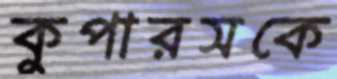
কুপারসকে